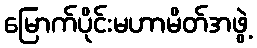
မြောက်ပိုင်းမဟာမိတ်အဖွဲ့